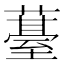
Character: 𮑢